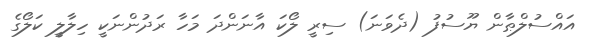
އައްސުލްޠާން ޔޫސުފު (ދެވަނަ) ސިރީ ލޯކަ އާނަންދަ މަހާ ރަދުންނަކީ ހިލާލީ ކަލޯގެ